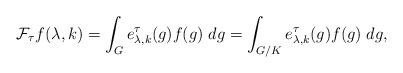
LaTeX: \begin{align*} \mathcal{F}_\tau f(\lambda,k)=\int_G e^\tau_{\lambda,k}(g) f(g) \;dg = \int_{G/K} e^\tau_{\lambda,k}(g) f(g) \;dg,\end{align*}